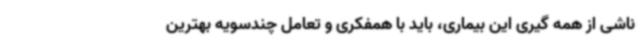
ناشی از همه گیری این بیماری، باید با همفکری و تعامل چندسویه بهترین